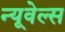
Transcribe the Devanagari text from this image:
न्यूवेल्स